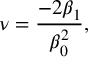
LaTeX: \nu = \frac { - 2 \beta _ { 1 } } { \beta _ { 0 } ^ { 2 } } ,